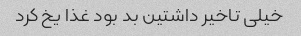
خیلی تاخیر داشتین بد بود غذا یخ کرد